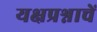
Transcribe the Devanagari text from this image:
यक्षप्रश्नाचें